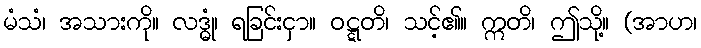
မံသံ၊ အသားကို။ လဒ္ဓုံ၊ ရခြင်းငှာ။ ဝဋ္ဋတိ၊ သင့်၏။ ဣတိ၊ ဤသို့။ (အာဟ၊